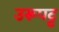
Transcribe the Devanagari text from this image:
उरूपट्ट